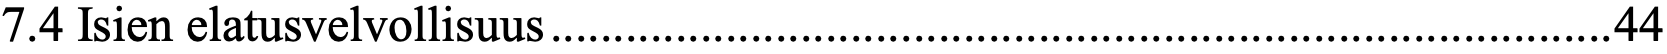
7.4 Isien elatusvelvollisuus ..................................................................................... 44